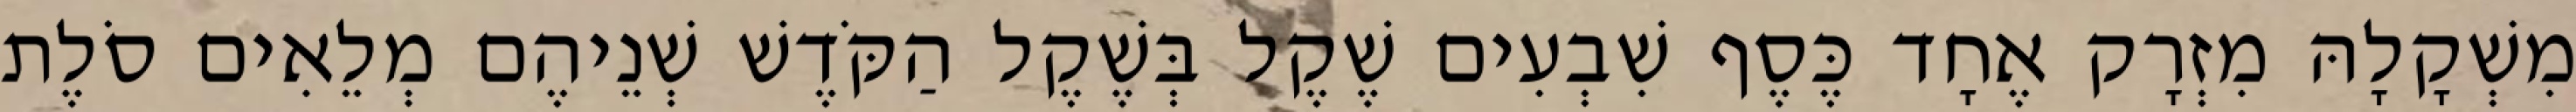
מִשְׁקָלָהּ מִזְרָק אֶחָד כֶּסֶף שִׁבְעִים שֶׁקֶל בְּשֶׁקֶל הַקֹּדֶשׁ שְׁנֵיהֶם מְלֵאִים סֹלֶת